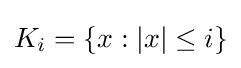
K_{i}=\{x:|x|\leq i\}